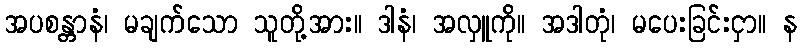
အပစန္တာနံ၊ မချက်သော သူတို့အား။ ဒါနံ၊ အလှူကို။ အဒါတုံ၊ မပေးခြင်းငှာ။ န